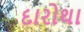
દારોથા